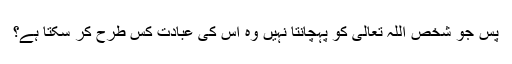
پس جو شخص اللہ تعالیٰ کو پہچانتا نہیں وہ اس کی عبادت کس طرح کر سکتا ہے؟